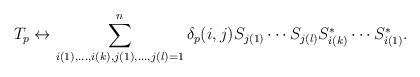
LaTeX: \begin{gather*}T_p \leftrightarrow\sum_{i(1),\ldots, i(k), j(1), \ldots, j(l)=1}^n \delta_p(i, j) S_{j(1)}\cdots S_{j(l)} S_{i(k)}^*\cdots S_{i(1)}^* .\end{gather*}